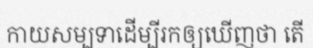
កាយសម្បទាដើម្បីរកឲ្យឃើញថា តើ